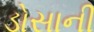
ડોસાની